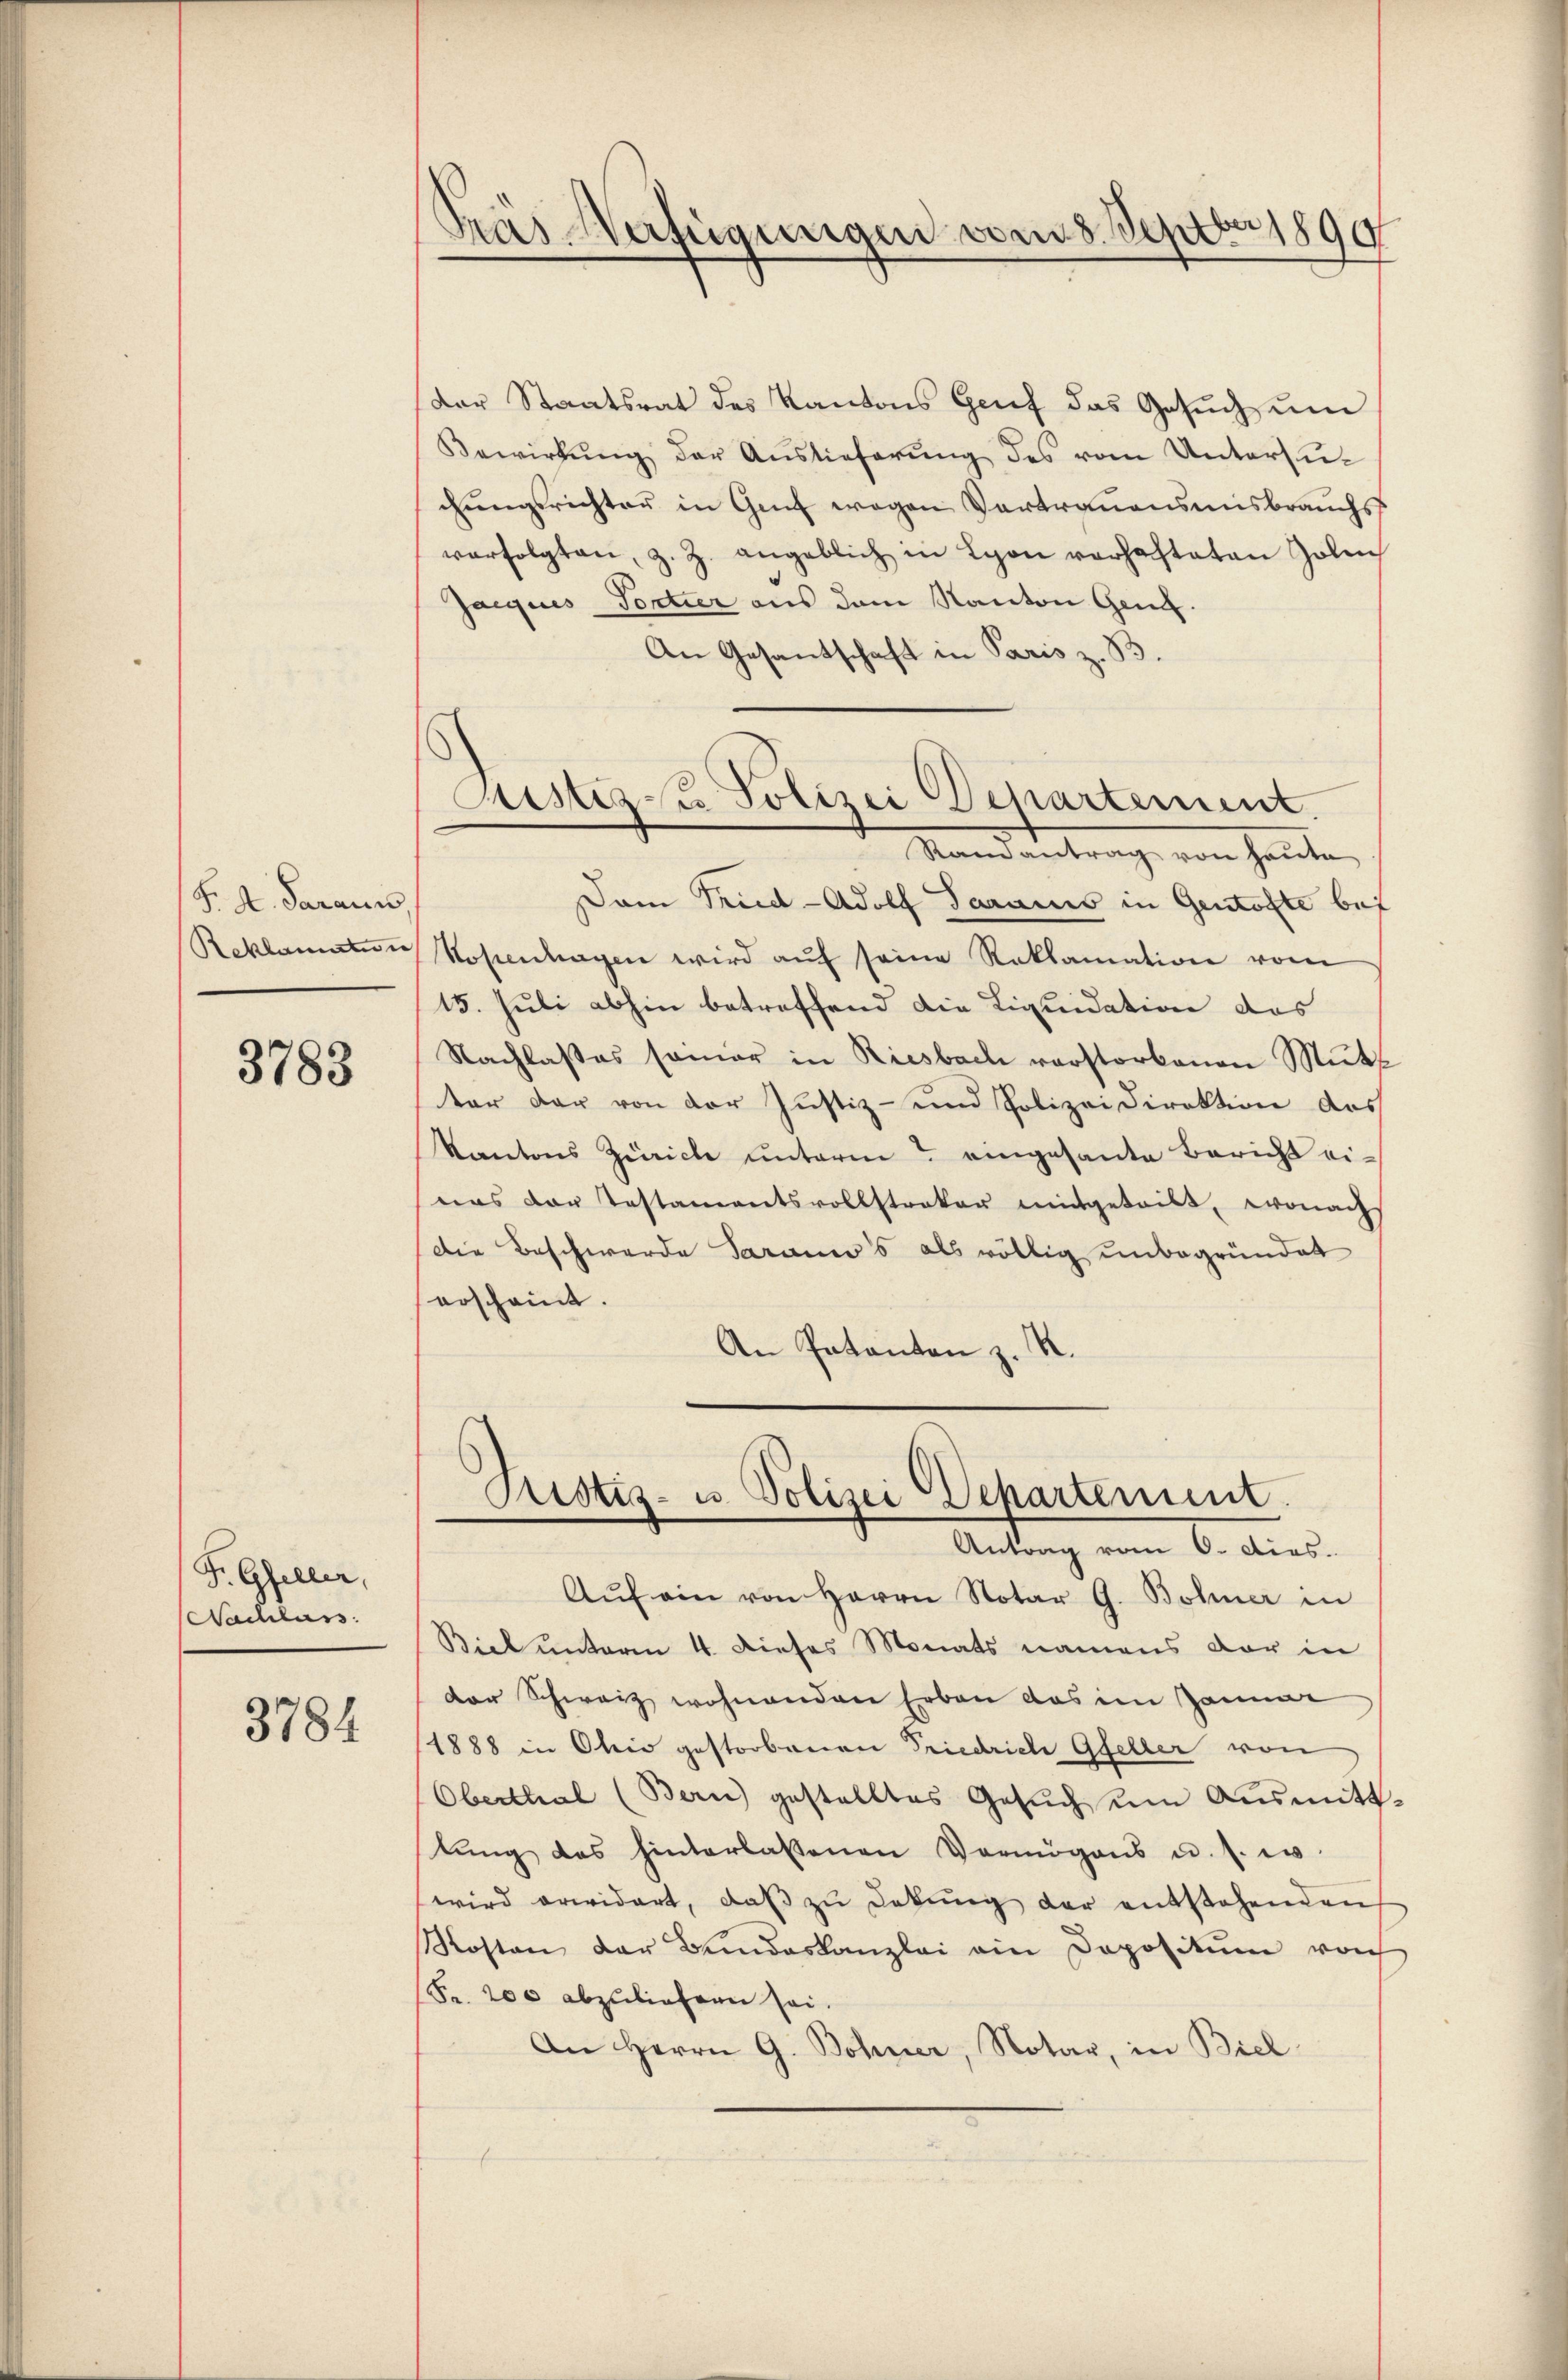
F. A. Sarauss
Reklamation

3783

Fr. Gfeller,
Nachlass

3784

Pras Verfügungen vom 8. Septbr 1890

Justiz zu Polizei Departement.
Ramantrag von Haute

(der Staatsrat des Kantons Grief das Gesŭch ŭm
Bewirkŭng der Auslieferŭng des vom Unterzŭ-
chŭngsrichter in Genf wegen Vertraŭensmisbrauchs
verfolgten, z. Z. angeblich in Lyon verhafteten Zolen
Jacques Portier aus dem Kanton Genf.
An Gesantschaft in Paris z. B.
Dam Pried-Adolf Sarais in Gentofte bei
Rosentagen wird aŭf seine Reklamation vom
15. Juli abhin betreffend die Liquidation das
Nachlasses seiner in Riesbach verstorbenen Mutt
ter der von der Justiz- und Polizeidirektion des
Kantons Zürich unterm eingesante Bericht eieas der Testamentsvollstraker mitgeteilt, wonach
Die Beschwerde Saramco's als völlig unbegründet
erscheint.
An Patanten z. R.

Pristiz- u Polizei Departement.
Antrag vom 6. dies.

Auf ein von Herrn Notar G. Bohner in
Biel unterm 4. Dieses Monats namens der in
der Schweiz wohnenden Erben das im Januar
1888 in Ohio gestorbenen Friedrich Gfeller von
Oberthal (Bern) gestelltes Gesŭch ŭm Aŭsmitt-
lŭng des hinterlassenen Vermögens u. s. w.
wird erwidert, daβ zŭ dekŭng der entstehenden
Kosten der Bundeskanzlei ein Dopositum von
Fr. 200 abzuliefern sei.
An Herrn G. Bohner, Notar, in Biel